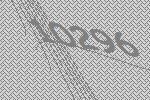
10296